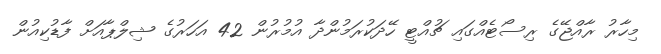
މިހާރު ރާއްޖޭގެ ރިސޯޓެއްގައި ޗުއްޓީ ހޭދަކުރަމުންދާ އުމުރުން 42 އަހަރުގެ ޝިލްޕާއަށް ފާޑުކިއުން